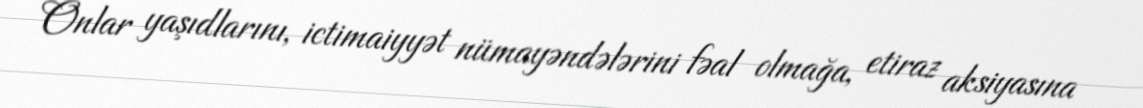
Onlar yaşıdlarını, ictimaiyyət nümayəndələrini fəal olmağa, etiraz aksiyasına